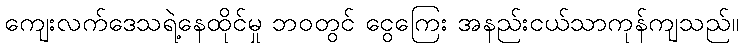
ကျေးလက်ဒေသရဲ့နေထိုင်မှု ဘဝတွင် ငွေကြေး အနည်းငယ်သာကုန်ကျသည်။